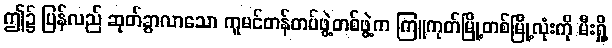
ဤ၌ ပြန်လည် ဆုတ်ခွာလာသော ကူမင်တန်တပ်ဖွဲ့တစ်ဖွဲ့က ကြူကုတ်မြို့တစ်မြို့လုံးကို မီးရှို့